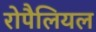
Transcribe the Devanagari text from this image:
रोपैलियल